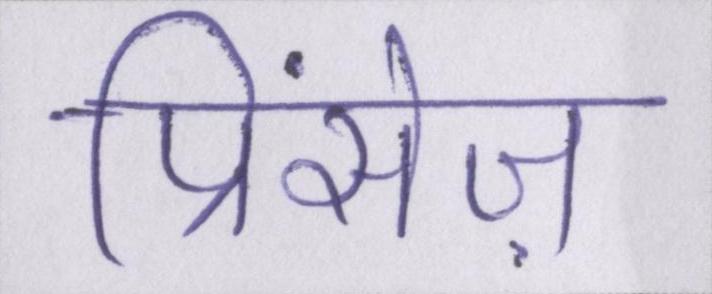
प्रिंसेज़